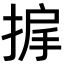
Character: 𫽓